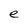
Character: e